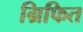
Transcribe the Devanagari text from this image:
ग्रिफित